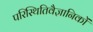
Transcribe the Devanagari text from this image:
परिस्थितिवैज्ञानिकों